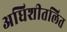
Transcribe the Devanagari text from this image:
अधिशीतलित